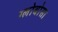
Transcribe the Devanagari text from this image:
ग्लोबोसा